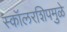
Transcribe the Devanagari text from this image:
स्कॉलरशिपमुळे